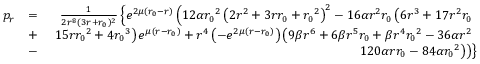
\begin{array} { r l r } { p _ { r } } & { = } & { \frac { 1 } { 2 r ^ { 8 } ( 3 r + { r _ { 0 } } ) ^ { 2 } } \left\lbrace e ^ { 2 \mu ( { r _ { 0 } } - r ) } \left( 1 2 \alpha { r _ { 0 } } ^ { 2 } \left( 2 r ^ { 2 } + 3 r { r _ { 0 } } + { r _ { 0 } } ^ { 2 } \right) ^ { 2 } - 1 6 \alpha r ^ { 2 } { r _ { 0 } } \left( 6 r ^ { 3 } + 1 7 r ^ { 2 } { r _ { 0 } } \right. \right. \right. } \\ & { + } & { \left. \left. \left. 1 5 r { r _ { 0 } } ^ { 2 } + 4 { r _ { 0 } } ^ { 3 } \right) e ^ { \mu ( r - { r _ { 0 } } ) } + r ^ { 4 } \left( - e ^ { 2 \mu ( r - { r _ { 0 } } ) } \right) \left( 9 \beta r ^ { 6 } + 6 \beta r ^ { 5 } { r _ { 0 } } + \beta r ^ { 4 } { r _ { 0 } } ^ { 2 } - 3 6 \alpha r ^ { 2 } \right. \right. \right. } \\ & { - } & { \left. \left. \left. 1 2 0 \alpha r { r _ { 0 } } - 8 4 \alpha { r _ { 0 } } ^ { 2 } \right) \right) \right\rbrace } \end{array}